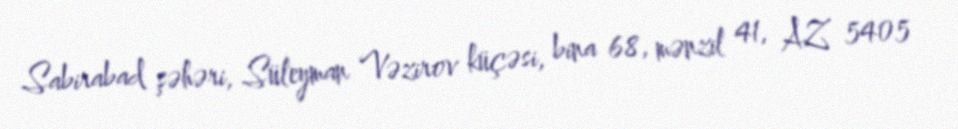
Sabirabad şəhəri, Süleyman Vəzirov küçəsi, bina 68, mənzil 41, AZ 5405